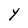
Character: Y